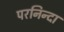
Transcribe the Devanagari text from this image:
परनिन्दा